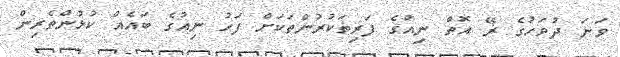
ވަނަ ދުވަހުގެ ރޭ އޮތް ނިއުގެ ފަރިތަކުރުންތަކަށް ފަހު ނިއުގެ ބައެއް ކުޅުންތެރިން